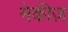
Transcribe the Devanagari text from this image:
मेकीज़